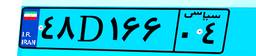
۲۹D۶۰۳۲۸